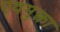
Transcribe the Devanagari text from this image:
एवमुक्त्वा